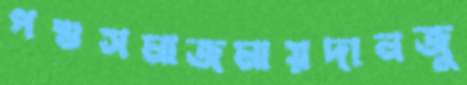
পশুসমাজমায়দানজু